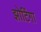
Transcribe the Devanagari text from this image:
झोटिंगा